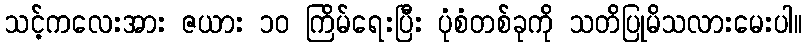
သင့်ကလေးအား ဇယား ၁၀ ကြိမ်ရေးပြီး ပုံစံတစ်ခုကို သတိပြုမိသလားမေးပါ။